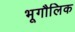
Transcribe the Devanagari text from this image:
भूगौलिक